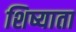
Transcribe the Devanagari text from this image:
शिष्याता